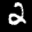
Label: 2